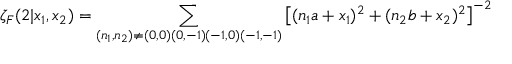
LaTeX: \zeta _ { F } ( 2 | x _ { 1 } , x _ { 2 } ) = \sum _ { ( n _ { 1 } , n _ { 2 } ) \neq ( 0 , 0 ) ( 0 , - 1 ) ( - 1 , 0 ) ( - 1 , - 1 ) } \left[ ( n _ { 1 } a + x _ { 1 } ) ^ { 2 } + ( n _ { 2 } b + x _ { 2 } ) ^ { 2 } \right] ^ { - 2 }